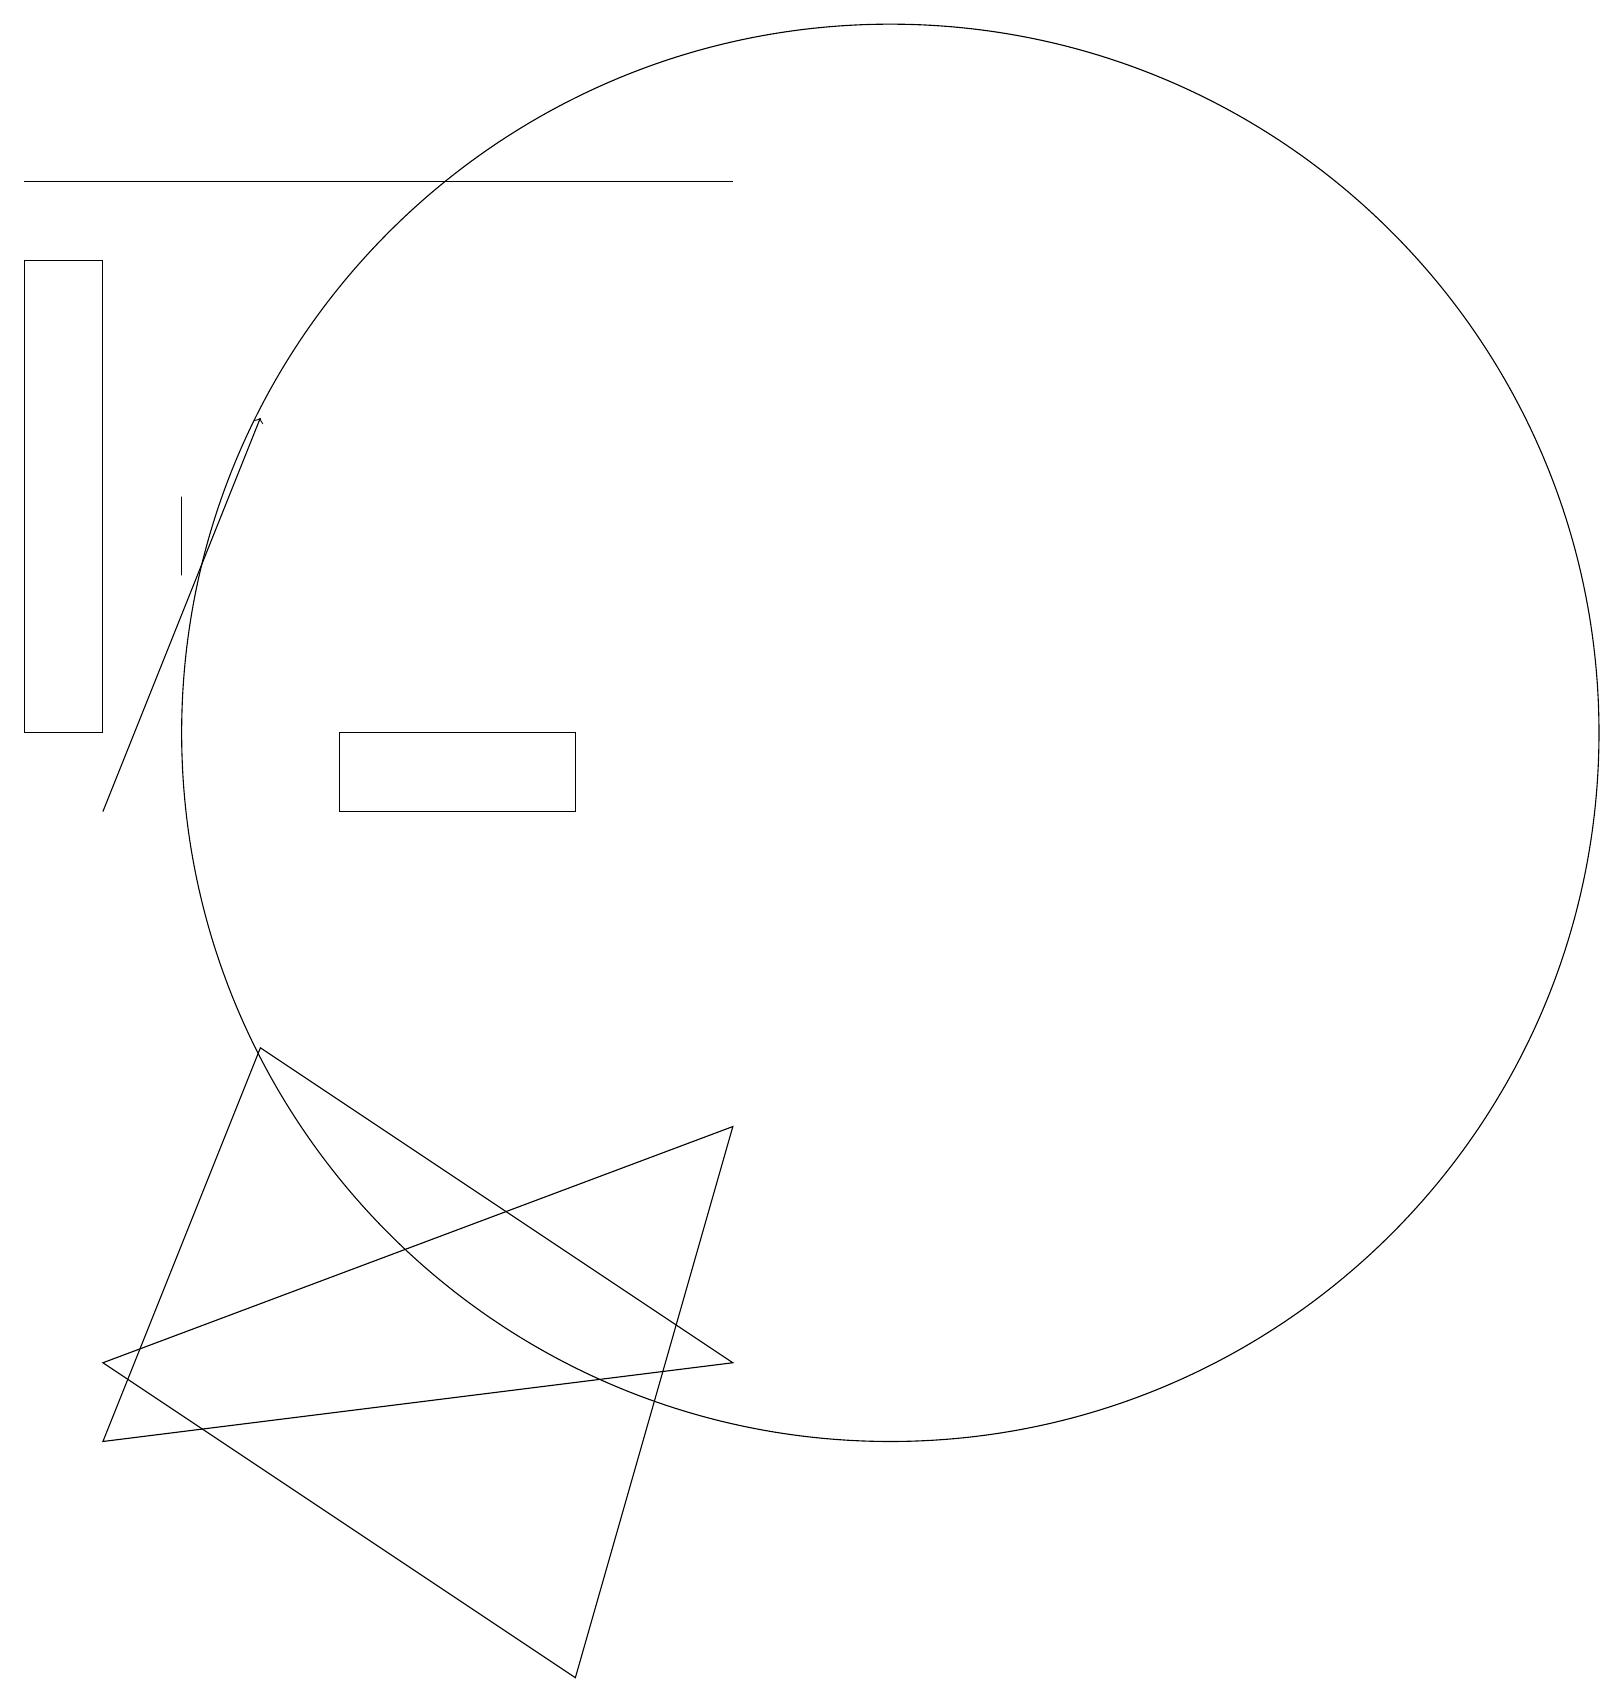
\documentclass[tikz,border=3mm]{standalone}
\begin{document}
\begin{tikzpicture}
\draw (1,18) rectangle (0,12);
\draw (2,15) rectangle (2,14);
\draw (7,0) -- (1,4) -- (9,7) -- cycle;
\draw (9,19) rectangle (0,19);
\draw (9,4) -- (3,8) -- (1,3) -- cycle;
\draw[->] (1,11) -- (3,16);
\draw (7,12) rectangle (4,11);
\draw (11,12) circle (9);
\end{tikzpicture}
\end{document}